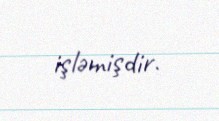
işləmişdir.